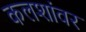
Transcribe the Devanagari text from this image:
कलशांवर